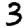
Digit: 3